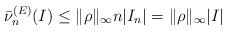
LaTeX: \begin{align*}\bar \nu^{(E)}_n(I) \leq \| \rho \|_\infty n |I_n| = \| \rho \|_\infty |I|\end{align*}